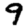
Digit: 9